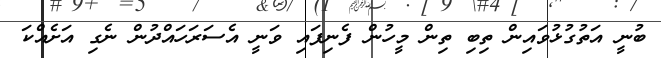
ބުނީ އަތުގުޅުވައިން ތިބި ތިން މީހުން ފެނިފައި ވަނީ އެސަރަހައްދުން ނެގި އަށެއްކަ